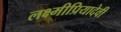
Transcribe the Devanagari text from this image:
लक्ष्मीप्रियादेवी